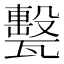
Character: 𤮛